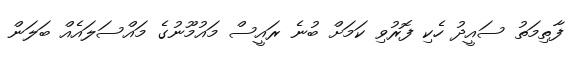
ފާތިމަތު ސައީދު ހެކި ފޮރުވި ކަމަށް ބުނެ ރައީސް މައުމޫނުގެ މައްސަލައެއް ބަލަން